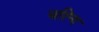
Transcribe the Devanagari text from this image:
परिन्द